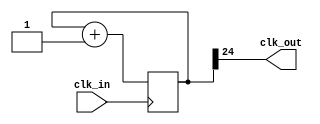
module prescaler (
    input clk_in,    // 16MHz clock
    output clk_out
);
    wire clk_in;
    wire clk_out;

    // Number of bits of the prescaler (default)
    parameter N = 25;

    // Output is N-bit bus, initialised
    reg [N-1:0] count = 0;
    
    assign clk_out = count[N-1];

    // sensitive to rising edge
    always @(posedge clk_in) begin
        // Increment data register
        count <= count + 1;
    end
endmodule